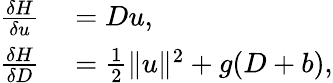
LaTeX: \begin{array}{rl}{\frac{\delta H}{\delta u}}&{{}=Du,}\\ {\frac{\delta H}{\delta D}}&{{}=\frac{1}{2}\| u\| ^{2}+g(D+b),}\end{array}